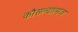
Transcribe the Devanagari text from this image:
कौसल्यात्मज